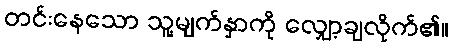
တင်းနေသော သူ့မျက်နှာကို လျှော့ချလိုက်၏။